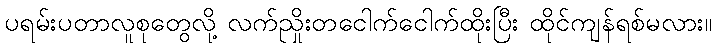
ပရမ်းပတာလူစုတွေလို့ လက်ညှိုးတငေါက်ငေါက်ထိုးပြီး ထိုင်ကျန်ရစ်မလား။